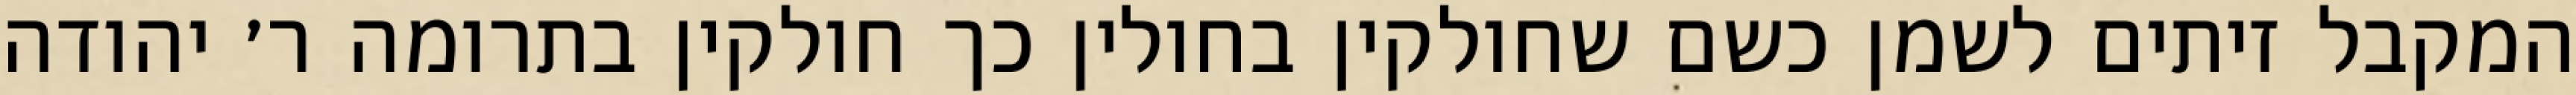
המקבל זיתים לשמן כשם שחולקין בחולין כך חולקין בתרומה ר׳ יהודה